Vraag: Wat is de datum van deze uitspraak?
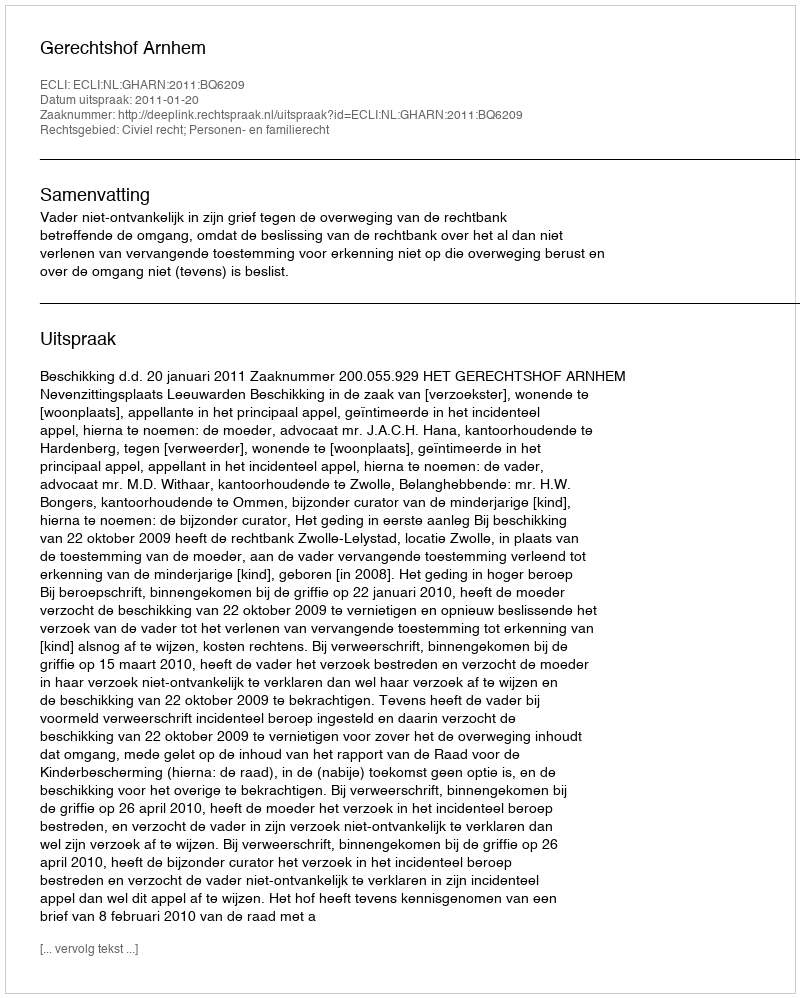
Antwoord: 2011-01-20